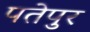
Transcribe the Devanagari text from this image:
पतेपुर